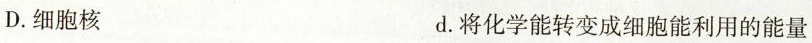
D. 细胞核 d. 将化学能转变成细胞能利用的能量